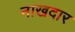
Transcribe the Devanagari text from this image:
नाखदार